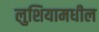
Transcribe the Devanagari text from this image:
लुशियामधील